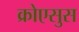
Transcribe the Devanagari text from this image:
क्रोएसुस